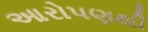
આરોપણથી